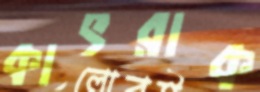
কাৎরাক